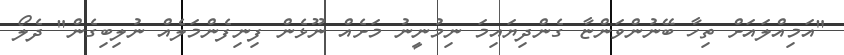
"އަމިއްލައަށް ތިހާ ބޭނުންވަންޏާ ގެންދިޔައިމަ ނިމުނީނު މަށެއް ނޫޅެން ފިނިފެންމަލެއް ނުލިބިގެން" ދެލޯ